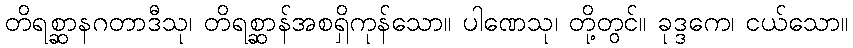
တိရစ္ဆာနဂတာဒီသု၊ တိရစ္ဆာန်အစရှိကုန်သော။ ပါဏေသု၊ တို့တွင်။ ခုဒ္ဒကေ၊ ငယ်သော။